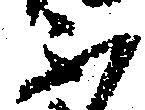
不